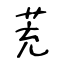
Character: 茺